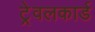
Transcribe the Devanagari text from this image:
ट्रेवलकार्ड